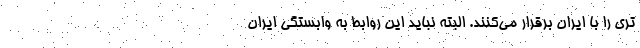
تری را با ایران برقرار می‌کنند. البته نباید این روابط به وابستگی ایران